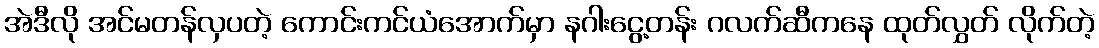
အဲဒီလို အင်မတန်လှပတဲ့ ကောင်းကင်ယံအောက်မှာ နဂါးငွေ့တန်း ဂလက်ဆီကနေ ထုတ်လွှတ် လိုက်တဲ့